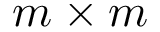
m \times m